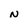
Character: N